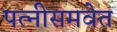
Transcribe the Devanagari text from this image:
पत्‍नीसमवेत